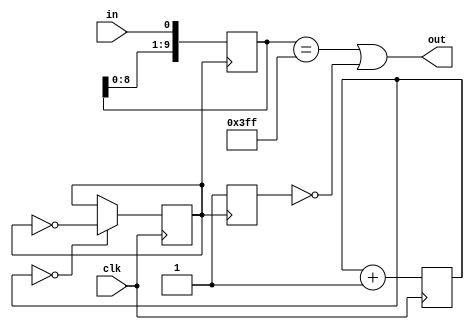
// debounce.v

module debounce(clk, in, out);
   input clk;
   input in;
   output out;

`ifdef sim_time
   reg [1:0] clkdiv;
`else
   reg [14:0] clkdiv;
`endif
   reg 	      slowclk;
   reg [9:0]  hold;
   reg 	      onetime;
   
   initial
     begin
	onetime = 0;
	hold = 0;
	clkdiv = 0;
	slowclk = 0;
     end
   
   assign out = hold == 10'b1111111111 || ~onetime;
		
   always @(posedge clk)
     begin
       clkdiv <= clkdiv + 15'b1;
       if (clkdiv == 0)
         slowclk <= ~slowclk;
     end

   always @(posedge slowclk)
     begin
	hold <= { hold[8:0], in };
	onetime <= 1;
     end
   
endmodule